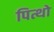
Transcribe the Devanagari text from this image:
पित्थो